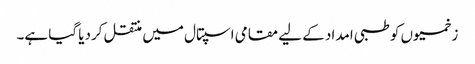
زخمیوں کو طبی امداد کے لیے مقامی اسپتال میں منتقل کردیا گیا ہے۔